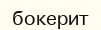
бокерит